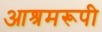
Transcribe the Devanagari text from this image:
आश्रमरूपी